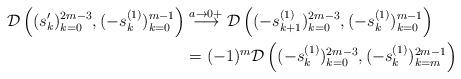
LaTeX: \begin{align*}\mathcal{D}\left((s_{k}')_{k=0}^{2m-3}, (-s^{(1)}_{k})_{k=0}^{m-1} \right) &\stackrel{a\to0+}{\longrightarrow} \mathcal{D}\left((-s^{(1)}_{k+1})_{k=0}^{2m-3}, (-s^{(1)}_{k})_{k=0}^{m-1} \right)\\ &= (-1)^{m}\mathcal{D}\left((-s^{(1)}_{k})_{k=0}^{2m-3}, (-s^{(1)}_{k})_{k=m}^{2m-1} \right)\end{align*}